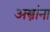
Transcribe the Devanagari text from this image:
अस्त्रांना